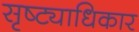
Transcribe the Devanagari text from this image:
सृष्ट्याधिकार